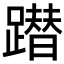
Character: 𨅕